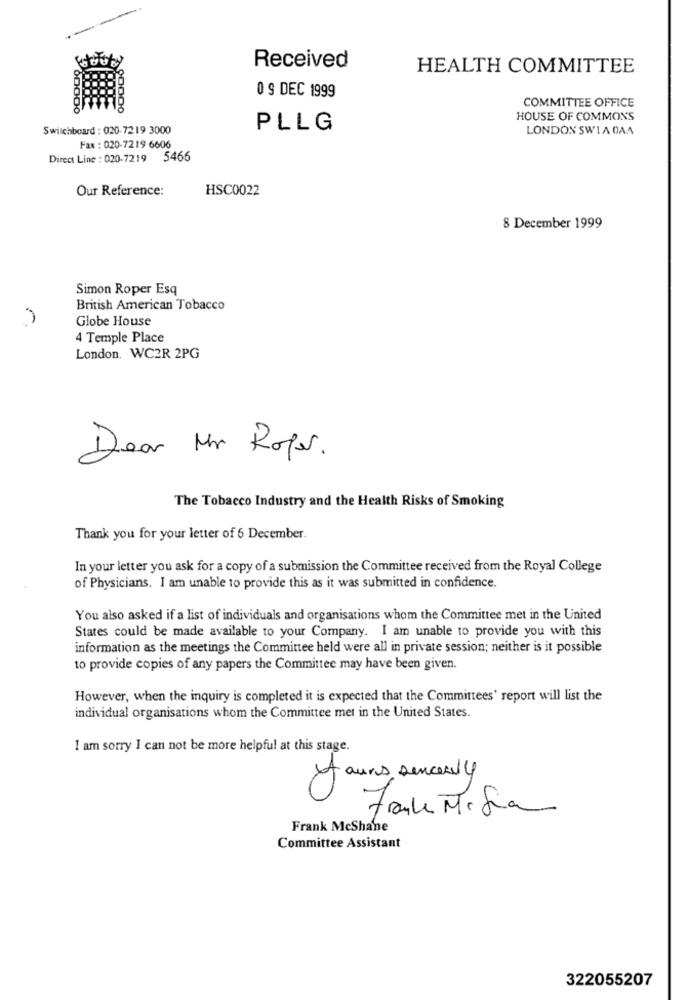
Received
HEALTH COMMITTEE
0 9 DEC 1999
COMMITTEE OFFICE
HOUSE OF COMMONS
Switchboard : 020-7219 3000
PLLG
LONDON SWIA 0AA
Fax : 020-7219 6606
Direct Line : 020-7219 5466
Our Reference:
HSC0022
8 December 1999
Simon Roper Esq
British American Tobacco
Globe House
4 Temple Place
London. WC2R 2PG
Dear Mr Roger.
The Tobacco Industry and the Health Risks of Smoking
Thank you for your letter of 6 December.
In your letter you ask for a copy of a submission the Committee received from the Royal College
of Physicians. I am unable to provide this as it was submitted in confidence.
You also asked if a list of individuals and organisations whom the Committee met in the United
States could be made available to your Company. I am unable to provide you with this
information as the meetings the Committee held were all in private session; neither is it possible
to provide copies of any papers the Committee may have been given.
However, when the inquiry is completed it is expected that the Committees' report will list the
individual organisations whom the Committee met in the United States.
I am sorry I can not be more helpful at this stage.
At ours sencesly
Fraile Misia
Frank McShane
Committee Assistant
322055207